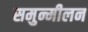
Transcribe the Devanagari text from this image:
समुन्मीलन